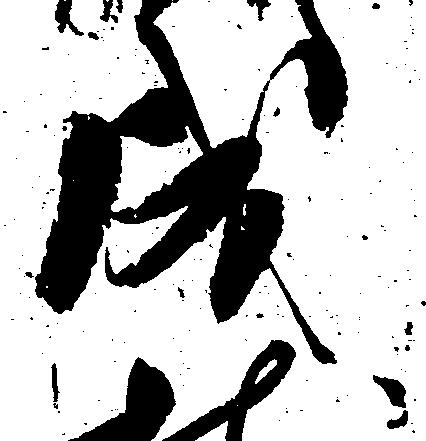
成